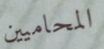
المحاميين